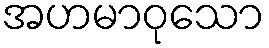
အဟမာဝုသော